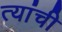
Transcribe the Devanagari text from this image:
त्यांंची